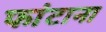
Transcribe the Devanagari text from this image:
फांटाना